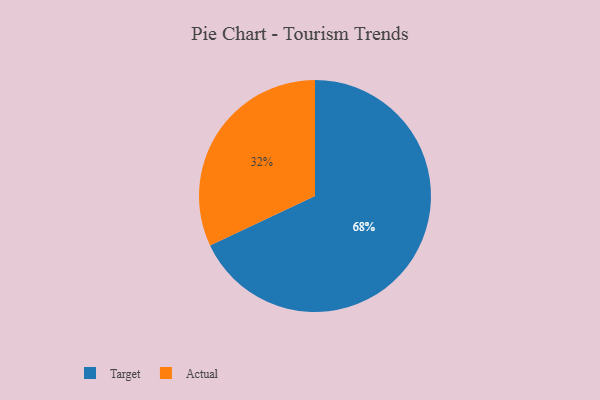
{"axis": {"x": "Category", "y": "Percentage"}, "legend": ["Actual", "Target"], "data": [{"x": "Actual", "y": 32, "type": "Actual"}, {"x": "Target", "y": 68, "type": "Target"}]}